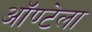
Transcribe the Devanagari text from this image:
ऑण्टेला